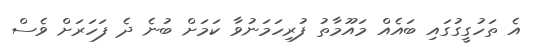
އެ ތަހުގީގުގައި ބައެއް މައޫމާތު ފުރިހަމަނުވާ ކަމަށް ބުނެ ދެ ފަހަރަށް ވެސް